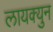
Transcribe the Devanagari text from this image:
लायक्युन